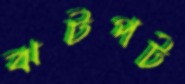
ঝটপট